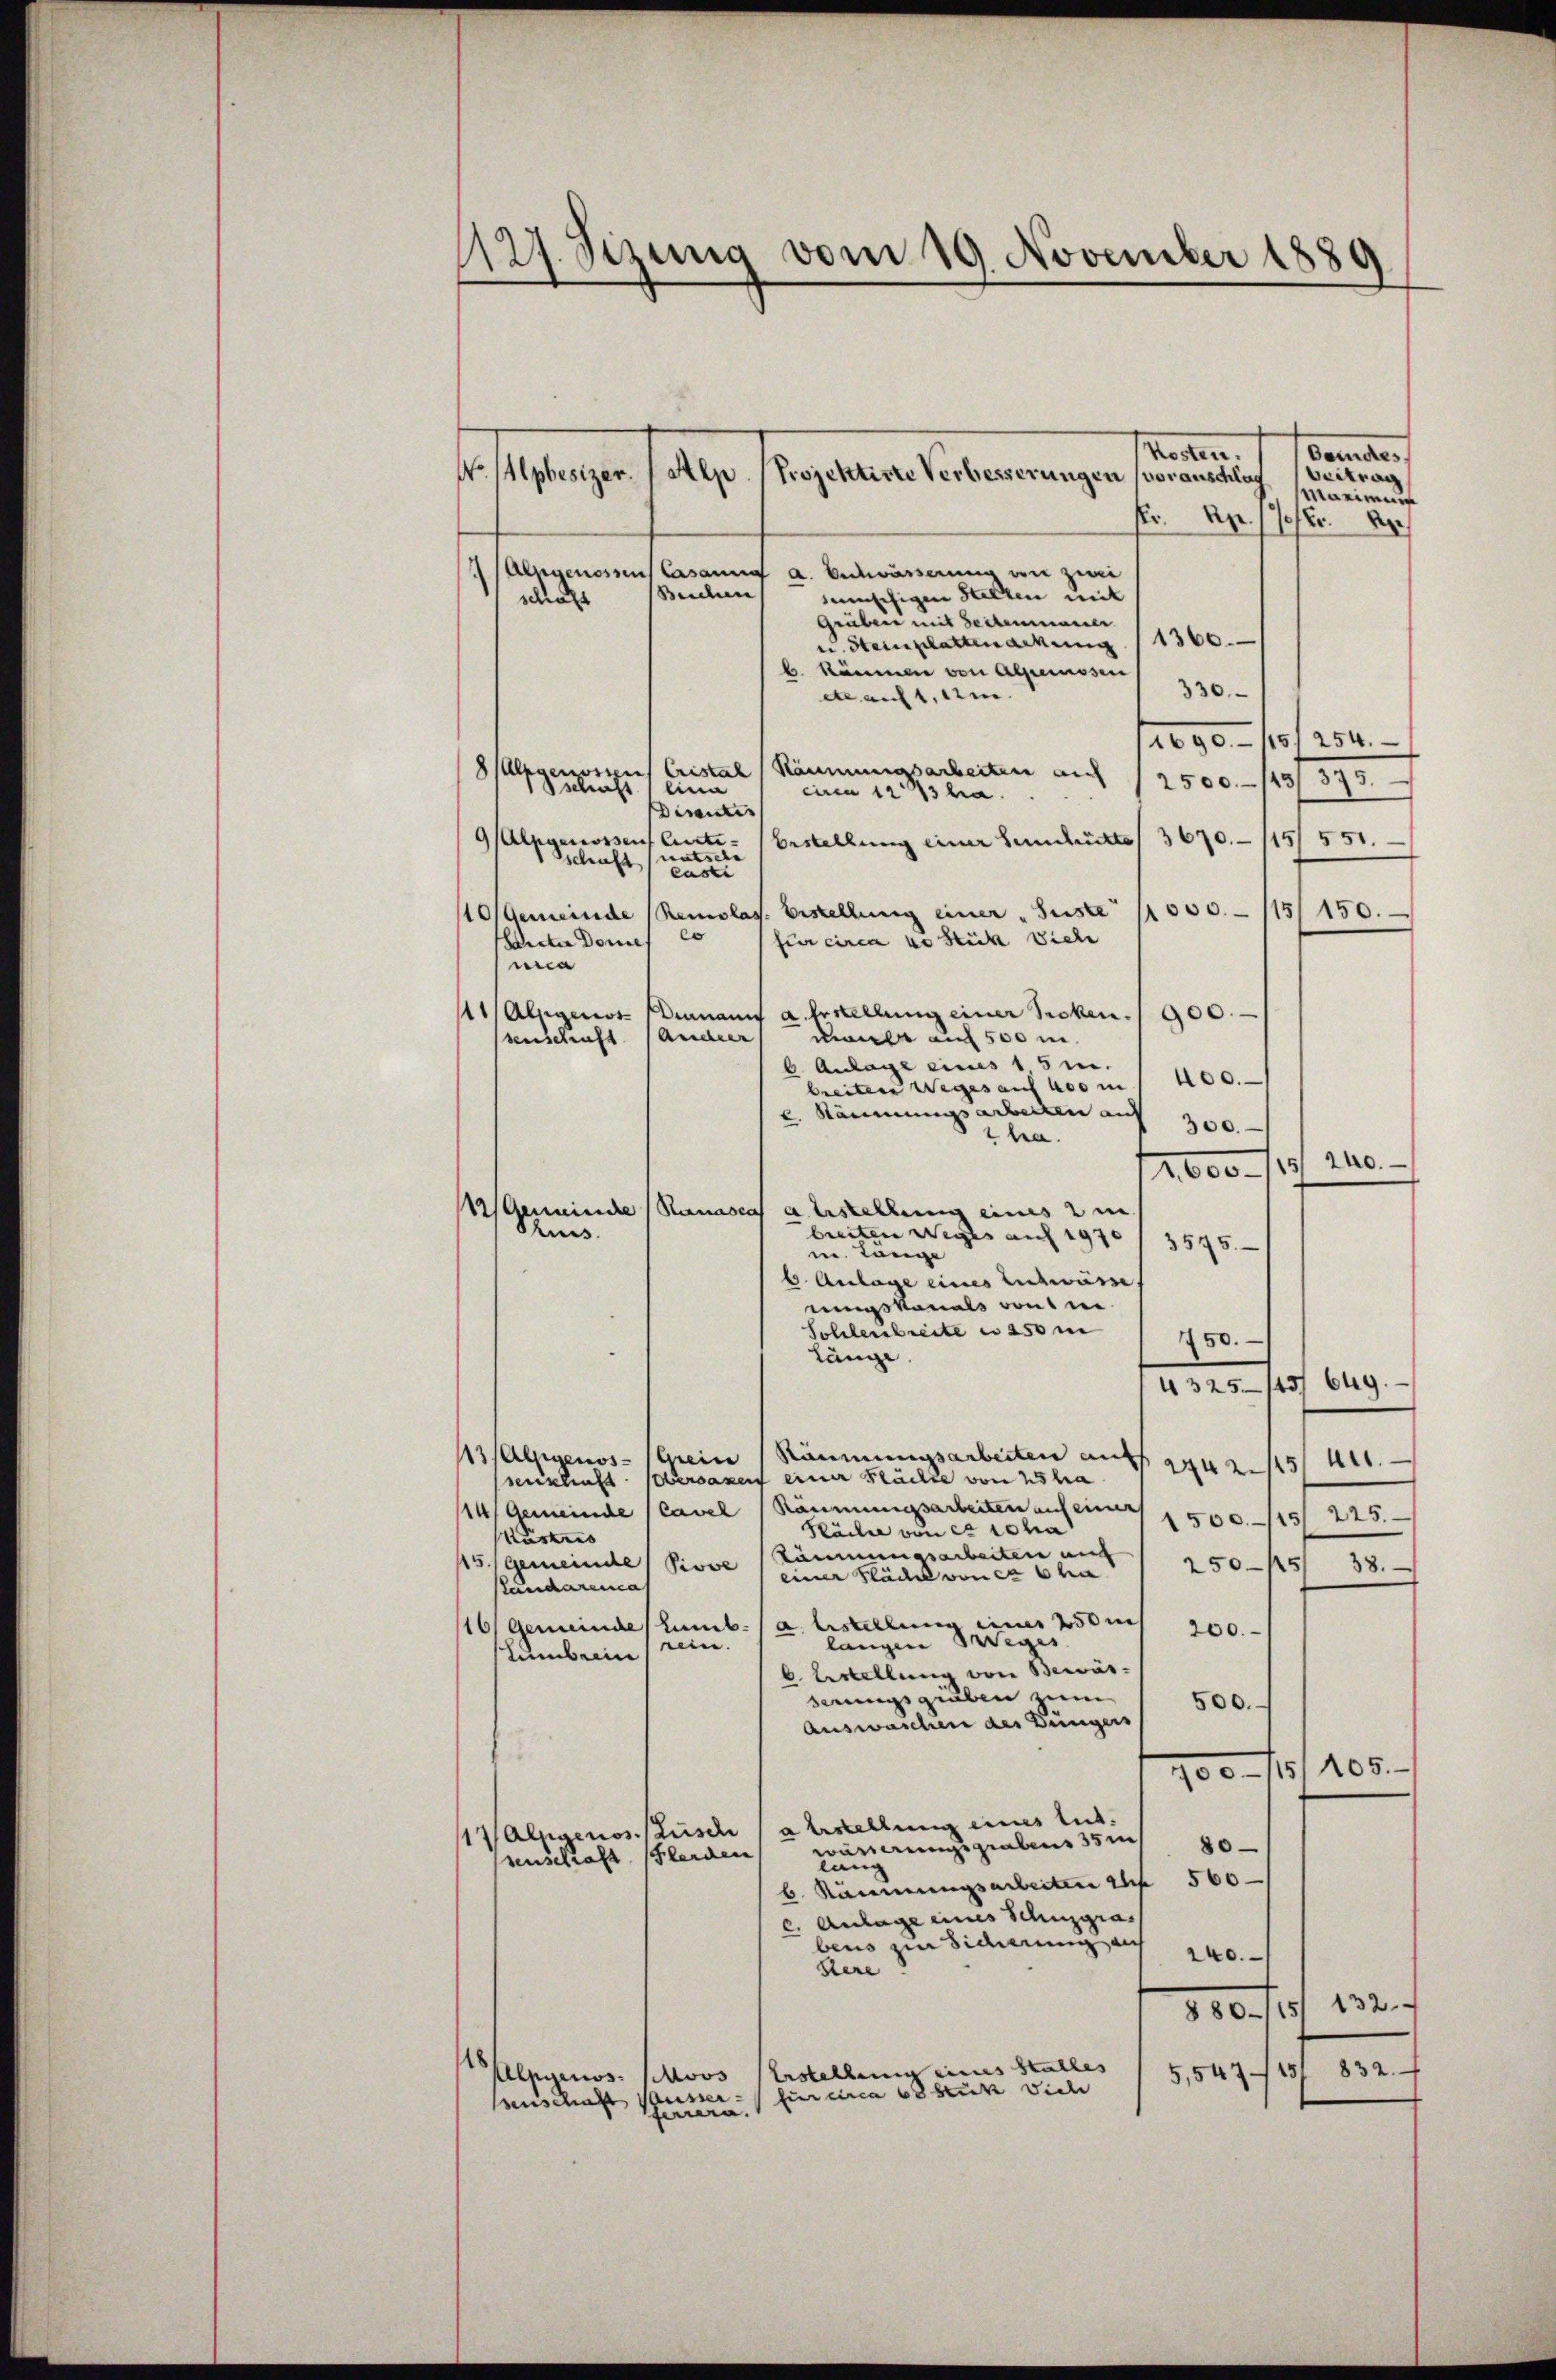
1127. Sizung vom 19. November 1889

Chus.

Kosten.
Gamstes,
No Alpbesizer.
Alp (Projektirte Verbesserungen voranschlag
Beitrag
aime
Fr. pr. 17./20. A
Alugenosus Casannes a. Bidwärderung an zwei
Beichen
unschigen Stellen mit
schaf
Grüber mit Seitenmasser
u. Steinplattenackung 11360.
b. Räumen von Alpemssen
330
et auf 1. ei
1690. 115/254.
Alpgenossen Cristal Räumungsarbeiten auf 12500./13/ 873.
schaft eine
circa 1273 ha.
Disentis
Alpgenossen Carte Erstellung einer Sendutto 3670. 1151551.
sschaft entsche
casti
10/Gemeinde (Remolas. Erstellung einer „Jüste 1000.- 115/150.
Manter Domes co
fir circa wo Stück Viehe
nia
1/Alzgenos- Pennamt a. Erstellung einer Sicken. 900.
umer auf 500 m.
senschaft (Ander
6. Anlage eines 15 m.
breiten Weges auf 400 m 1 100.
k. Stammungsarbeiten und
300.
ehen.
2.600/19. 240.
Aeminde (Ranascar a. Erstellung eines 2 m
breiten Weges auf 1970
3545.
i. Lange
b. Anlage eines Entwürfe
svonals von ne
Sohlenbreite u. 250 m
150.
länge
4325—145/ 649.
113/Alpgenos- (Grein Räumungsarbeiten auf 1442/5 411.
serischaft Obersagen einer Stächte von hsha
114, Gemeinde (Cavel (Räumungsarbeiten auf eine 1500. 115, 225.
Räche von er scha
ustris
Täumungsarbeiten auf
250—15/ 38.
115, Gemeinde Piove / einer Fläche von er Cha
Panderence
16/ Gemeindes Lumb. (a. Erstellung einer 250 m
200.
langen Weges
nein.
lumben
k. Erstellung von Bewäs-
derungsgraben zum
500.
Auswaschen des Düngers
700 - 18, 408.
1VAlpgenos Zusch (abestellung eines tut.
wärderungsgraben 35 m
80—
senschaft leiden
lang
b. Räumungsarbeiten 24 f 500
c. Anlage eines Schuzgras
bens zur Sicherung an
240.
Bere
800. rt 132.
Alpgenos. Moos Erstellung eines Stalles
5,547/151 832.
fir circa 68 Stück Dich
enschaft ausser
feriern.